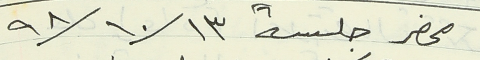
محضر جلسة ٩٨/١٠/١٣